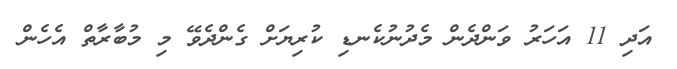
އަދި 11 އަހަރު ވަންދެން މެދުނުކެނޑި ކުރިޔަށް ގެންދެވޭ މި މުބާރާތް އެހެން